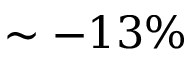
\sim - 1 3 \%